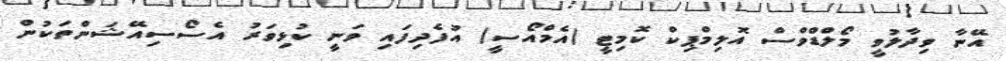
އޭނާ ވިދާލުވީ މޯލްޑްވްސް އޮލިމްޕިކް ކޮމިޓީ (އެމްއޯސީ) އުފެދިފައި ވަނީ ކުޅިވަރު އެސޯސިއޭޝަންތަކުން